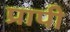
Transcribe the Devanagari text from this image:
प्रापी